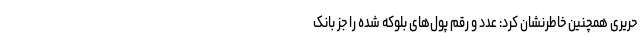
حریری همچنین خاطرنشان کرد: عدد و رقم پول‌های بلوکه شده را جز بانک